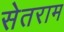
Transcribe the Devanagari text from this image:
सेतराम